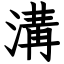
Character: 溝